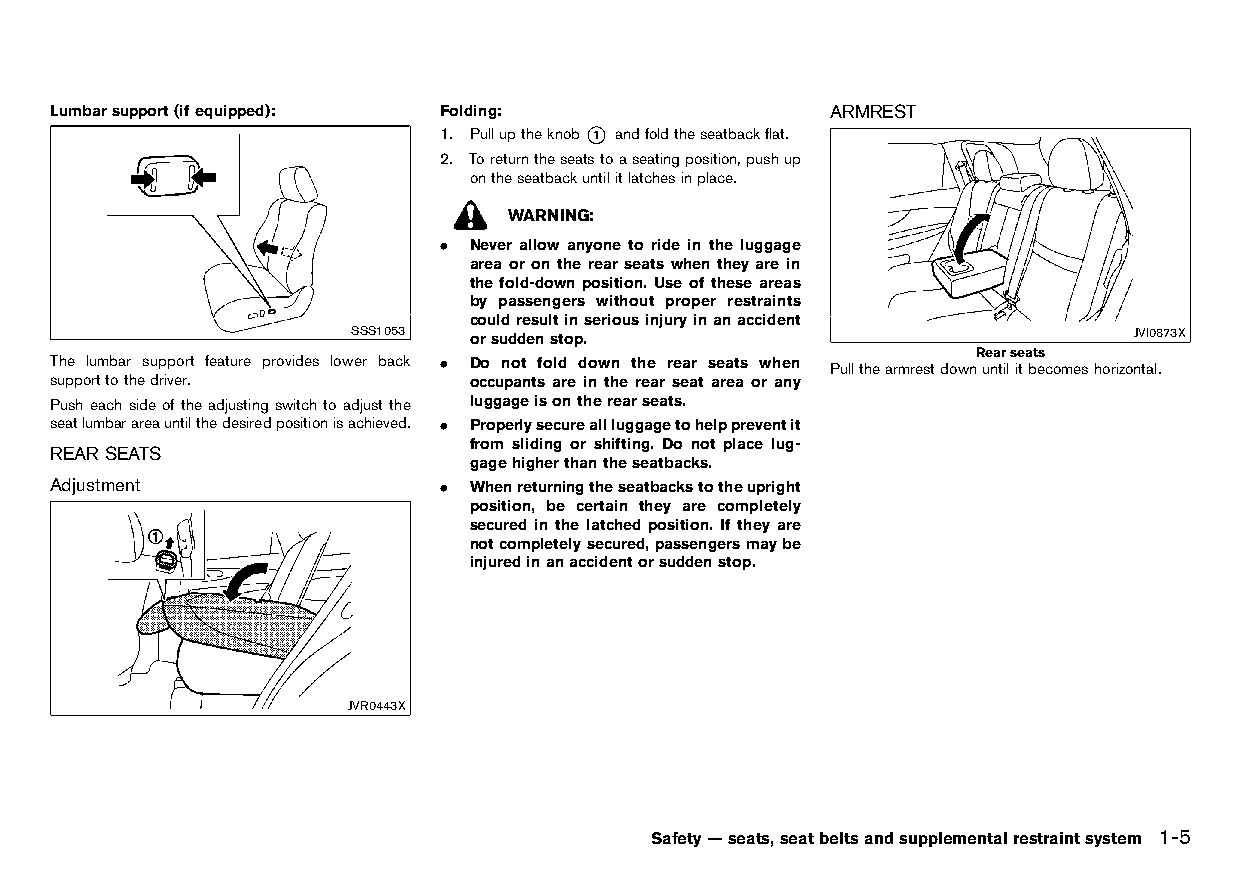
(31,1)
 Lumbarsupport(ifequipped): Folding:                 ARMREST
 HT32A1-22018305-9BAB-4201-B6FC-C08EB94AEAE0
 1.
 PulluptheH kT n3 o2A b1- *22 1018 a30 n5 d-9B foAB ld-42 t0 h1 e-B6 sF eC a-C tb08 aE cB k94 fA laE tA .E0 HT32A1-0CFA7136-CE0F-460F-B8C8-64D55ED211DE
 2. Toreturntheseatstoaseatingposition,pushup
 ontheseatbackuntilitlatchesinplace.
 WARNING:
 . Never allow anyone to ride in the luggage
 area or on the rear seats when they are in
 the fold-down position. Use of these areas
 by passengers without proper restraints
 couldresultinseriousinjuryinanaccident
 SSS1053 orsuddenstop.                               JVI0873X
 Rearseats
 The lumbar support feature provides lower back . Do not fold down the rear seats when Pullthearmrestdownuntilitbecomeshorizontal.
 supporttothedriver.         occupants are in the rear seat area or any
 Push each side of the adjusting switch to adjust the luggageisontherearseats.
 seatlumbarareauntilthedesiredpositionisachieved. . Properlysecureallluggagetohelppreventit
 from sliding or shifting. Do not place lug-
 REARSEATS
 HT32A1-3C944850-5F36-4EC0-8FC1-B5D4740BE525 gagehigherthantheseatbacks.
 Adjustment                . Whenreturningtheseatbackstotheupright
 HT32A1-C4C3921B-4C08-4E61-8F01-E53BD4BE934E
 position, be certain they are completely
 secured in the latched position. If they are
 notcompletelysecured,passengersmaybe
 injuredinanaccidentorsuddenstop.
 JVR0443X
 Safety—seats,seatbeltsandsupplementalrestraintsystem 1-5
 Condition:                        [Edit:2015/8/24 Model: HT32-A]